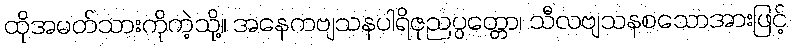
ထိုအမတ်သားကိုကဲ့သို့။ အနေကဗျသနပါရိဇုညပ္ပတ္တော၊ သီလဗျသနစသောအားဖြင့်